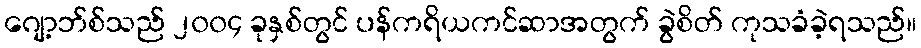
ဂျော့ဘ်စ်သည် ၂၀၀၄ ခုနှစ်တွင် ပန်ကရိယကင်ဆာအတွက် ခွဲစိတ် ကုသခံခဲ့ရသည်။